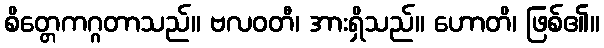
စိတ္တေကဂ္ဂတာသည်။ ဗလဝတီ၊ အားရှိသည်။ ဟောတိ၊ ဖြစ်၏။